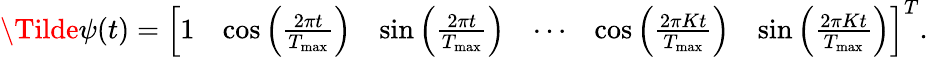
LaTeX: \begin{array}{r}{\Tilde{\psi}(t)=\left[\begin{array}{llllll}{1}&{\cos{\left(\frac{2\pi t}{T_{\mathrm{max}}}\right)}}&{\sin{\left(\frac{2\pi t}{T_{\mathrm{max}}}\right)}}&{\cdots}&{\cos{\left(\frac{2\pi Kt}{T_{\mathrm{max}}}\right)}}&{\sin{\left(\frac{2\pi Kt}{T_{\mathrm{max}}}\right)}}\end{array}\right]^{T}.}\end{array}